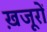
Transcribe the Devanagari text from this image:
ख़जूरों